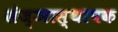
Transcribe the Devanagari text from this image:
संज्ञास्थापक